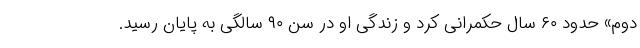
دوم» حدود ۶۰ سال حکمرانی کرد و زندگی او در سن ۹۰ سالگی به پایان رسید.